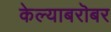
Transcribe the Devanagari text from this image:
केल्याबरॊबर